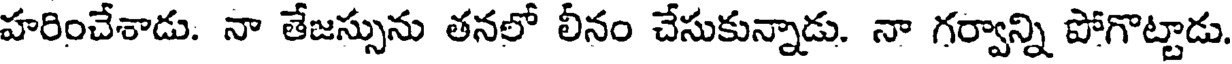
హరించేశాడు. నా తేజస్సును తనలో లీనం చేసుకున్నాడు. నా గర్వాన్ని పోగొట్టాడు